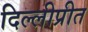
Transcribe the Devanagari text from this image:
दिल्लीप्रीत